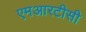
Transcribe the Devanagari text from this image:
एमआरटीसी